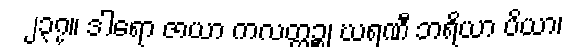
၂၃၇။ ဒါရော ဇာယာ ကလတ္တဉ္စ၊ ဃရဏီ ဘရိယာ ပိယာ၊